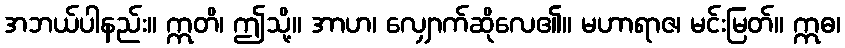
အဘယ်ပါနည်း။ ဣတိ၊ ဤသို့။ အာဟ၊ လျှောက်ဆိုလေ၏။ မဟာရာဇ၊ မင်းမြတ်။ ဣဓ၊